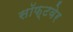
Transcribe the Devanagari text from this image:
सॉफ्‍टवेर